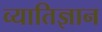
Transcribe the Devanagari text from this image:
व्यातिज्ञान